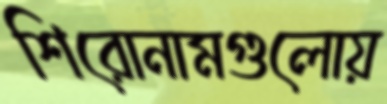
শিরোনামগুলোয়